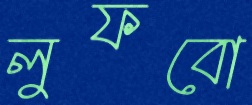
লুফবো